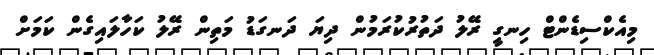
މިއެކްސިޑެންޓް ހިނގީ ރޭލު ދަތުރުކުރަމުން ދިޔަ ދަނގަޑު މަތިން ރޭލު ކަހާލައިގެން ކަމަށް